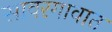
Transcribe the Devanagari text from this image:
सावरगावात